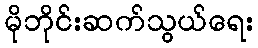
မိုဘိုင်းဆက်သွယ်ရေး